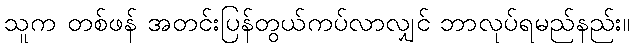
သူက တစ်ဖန် အတင်းပြန်တွယ်ကပ်လာလျှင် ဘာလုပ်ရမည်နည်း။